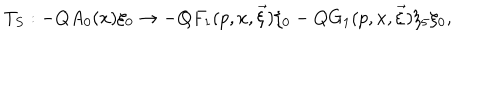
LaTeX: T _ { S } : - Q A _ { 0 } ( x ) \xi _ { 0 } \rightarrow - Q F _ { 1 } ( p , x , \vec { \xi } ) \xi _ { 0 } - Q G _ { 1 } ( p , x , \vec { \xi } ) \xi _ { 5 } \xi _ { 0 } ,